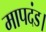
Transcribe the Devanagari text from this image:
मापदंड।